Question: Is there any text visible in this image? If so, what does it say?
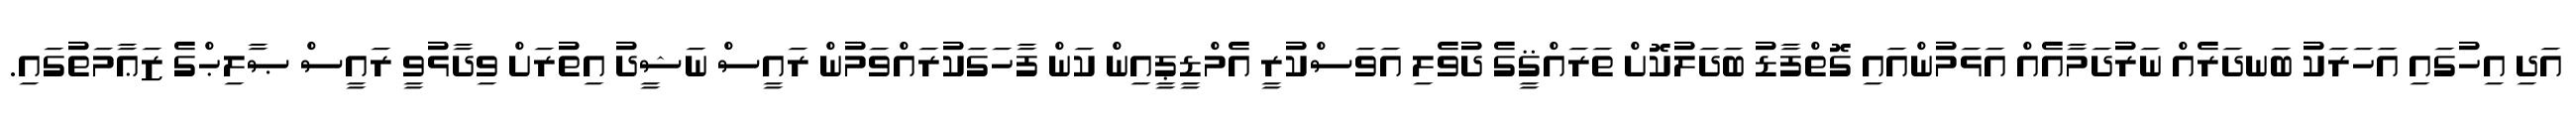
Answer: އަދި އިހުގައި އަހަރަކު ބަނދަރެއް ނަރުދަމާއެއް އަޅަމުންއައި ގޮތްފާޑު ބަދަލުކޮށް ތަރައްޤީގެ ދުވެލި އަވަސްކުރީ އެމްޑީޕީއިން ކަން ފާހަގަކުރައްވަމުން ރައީސް ނަޝީދު އިތުރަށް ވިދާޅުވީ ރައީސް ޞާލިޙްގެ ޒަޢާމަތުގައި.